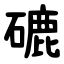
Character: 䃙